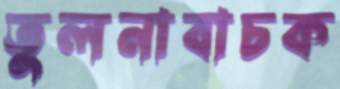
তুলনাবাচক